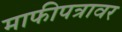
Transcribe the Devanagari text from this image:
माफीपत्रावर